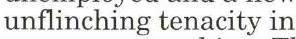
unflinching tenacity in